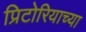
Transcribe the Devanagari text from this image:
प्रिटोरियाच्या